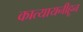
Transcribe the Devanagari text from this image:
कात्यायनीहून